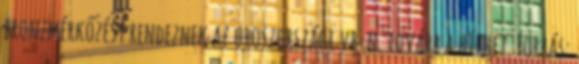
bronzmérkőzést rendeznek az oroszországi vb-n. tovább a hírhez. Forrás: